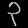
Digit: ၃